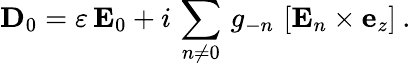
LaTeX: {\mathbf D}_{0}=\varepsilon\, {\mathbf E}_{0}+i\, \sum_{n\not=0}\, g_{-n}\, \left[{\mathbf E}_{n}\times{\mathbf e}_{z}\right]\: .